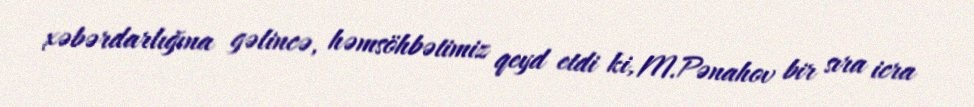
xəbərdarlığına gəlincə, həmsöhbətimiz qeyd etdi ki, M.Pənahov bir sıra icra